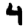
Digit: 4